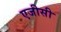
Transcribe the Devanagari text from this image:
एजीसी